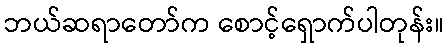
ဘယ်ဆရာတော်က စောင့်ရှောက်ပါတုန်း။